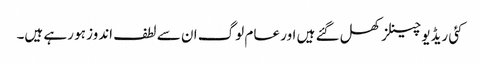
کئی ریڈیو چینلز کھل گئے ہیں اور عام لوگ ان سے لطف اندوز ہو رہے ہیں۔